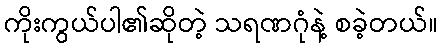
ကိုးကွယ်ပါ၏ဆိုတဲ့ သရဏဂုံနဲ့ စခဲ့တယ်။